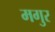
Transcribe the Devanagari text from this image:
मगुर